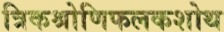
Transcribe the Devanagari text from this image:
त्रिकश्रोणिफलकशोथ